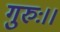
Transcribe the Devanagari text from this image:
गुरुः।।